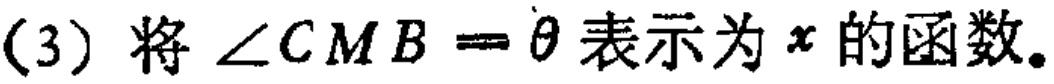
(3) 将$\angle CMB=\theta$表示为$x$的函数。